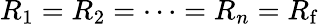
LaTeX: R_{1}=R_{2}=\cdots=R_{n}=R_{\mathrm{f}}